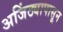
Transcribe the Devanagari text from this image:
अजिंठ्यापासून